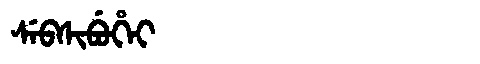
Manchu: ᠰᡝᠪᠰᡳᠪᡠᡥᡝᡳ
Romanization: SEBSIBUHEI